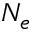
N _ { e }